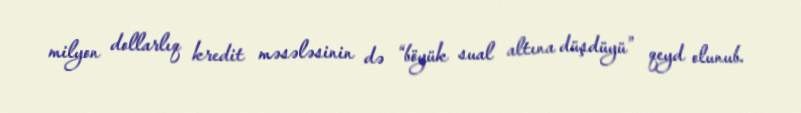
milyon dollarlıq kredit məsələsinin də “böyük sual altına düşdüyü” qeyd olunub.